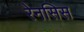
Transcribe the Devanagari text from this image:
रेनसिस